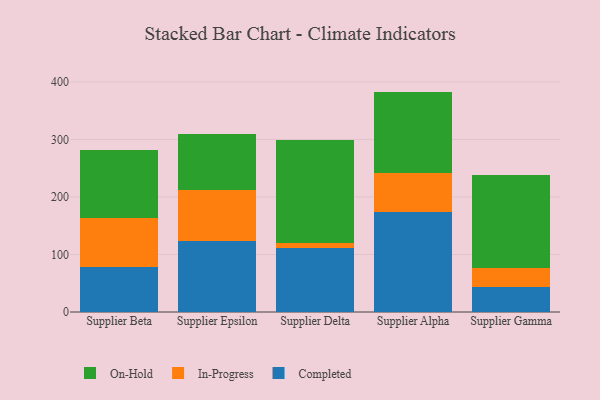
{"axis": {"x": "Supplier", "y": "Bounce Rate (%)"}, "legend": ["Completed", "In-Progress", "On-Hold"], "data": [{"x": "Supplier Beta", "y": 78.8, "type": "Completed"}, {"x": "Supplier Beta", "y": 83.8, "type": "In-Progress"}, {"x": "Supplier Beta", "y": 119.4, "type": "On-Hold"}, {"x": "Supplier Epsilon", "y": 123.0, "type": "Completed"}, {"x": "Supplier Epsilon", "y": 89.4, "type": "In-Progress"}, {"x": "Supplier Epsilon", "y": 96.4, "type": "On-Hold"}, {"x": "Supplier Delta", "y": 110.5, "type": "Completed"}, {"x": "Supplier Delta", "y": 9.9, "type": "In-Progress"}, {"x": "Supplier Delta", "y": 178.3, "type": "On-Hold"}, {"x": "Supplier Alpha", "y": 173.6, "type": "Completed"}, {"x": "Supplier Alpha", "y": 67.3, "type": "In-Progress"}, {"x": "Supplier Alpha", "y": 142.2, "type": "On-Hold"}, {"x": "Supplier Gamma", "y": 43.0, "type": "Completed"}, {"x": "Supplier Gamma", "y": 33.8, "type": "In-Progress"}, {"x": "Supplier Gamma", "y": 161.3, "type": "On-Hold"}]}